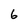
Character: 6